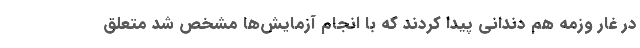
در غار وزمه هم دندانی پیدا کردند که با انجام آزمایش‌ها مشخص شد متعلق